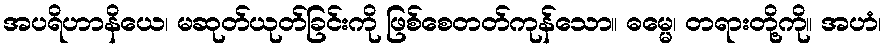
အပရိဟာနိယေ၊ မဆုတ်ယုတ်ခြင်းကို ဖြစ်စေတတ်ကုန်သော။ ဓမ္မေ၊ တရားတို့ကို။ အဟံ၊